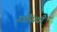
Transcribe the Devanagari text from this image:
उन्नींसवीं